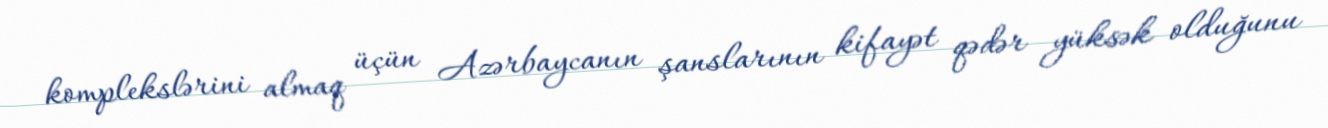
komplekslərini almaq üçün Azərbaycanın şanslarının kifayət qədər yüksək olduğunu